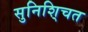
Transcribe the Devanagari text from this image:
सुनिशि्चत